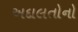
અદાલતોનો